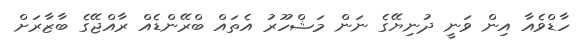
ހާޑްވެއާ އިން ވަނީ ދުނިޔޭގެ ނަން މަޝްހޫރު އެތައް ބްރޭންޑެއް ރާއްޖޭގެ ބާޒާރަށް